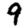
Digit: 9